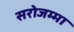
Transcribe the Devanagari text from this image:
सरोजम्मा